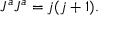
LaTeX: { \cal J } ^ { a } { \cal J } ^ { a } = j ( j + 1 ) .